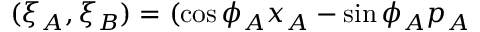
( \xi _ { A } , \xi _ { B } ) = ( \cos \phi _ { A } x _ { A } - \sin \phi _ { A } p _ { A }